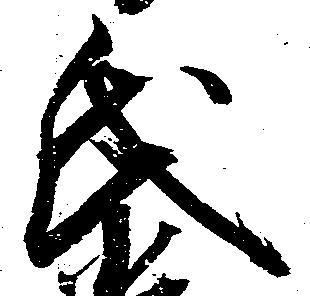
氏